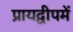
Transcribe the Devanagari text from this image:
प्रायद्वीपमें